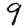
Digit: 9